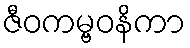
ဇီဝကမ္ဗဝနိကာ